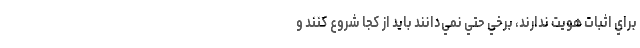
براي اثبات هويت ندارند، برخي حتي نمي‌دانند بايد از كجا شروع كنند و